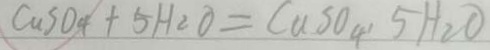
C a S O _ { 4 } + 5 H _ { 2 } O = C a S O _ { 4 } , 5 H _ { 2 } O